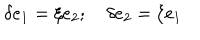
LaTeX: \delta e _ { 1 } = \xi e _ { 2 } ; \quad \delta e _ { 2 } = \xi e _ { 1 }